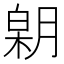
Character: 𣎋